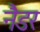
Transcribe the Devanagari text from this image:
नैडर